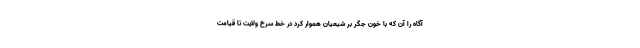
آگاه را آن که با خون جگر بر شیعیان هموار کرد در خط سرخ ولایت تا قیامت